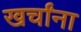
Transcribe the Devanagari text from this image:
खर्चांना